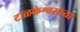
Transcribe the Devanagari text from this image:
टाळकेश्वराच्या